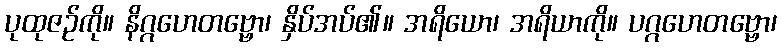
ပုထုဇဉ်ကို။ နိဂ္ဂဟေတဗ္ဗော၊ နှိပ်အပ်၏။ အရိယော၊ အရိယာကို။ ပဂ္ဂဟေတဗ္ဗော၊